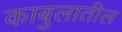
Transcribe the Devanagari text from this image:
काबुलातील